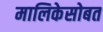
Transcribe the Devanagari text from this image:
मालिकेसोबत